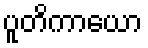
ပူတိကာယော